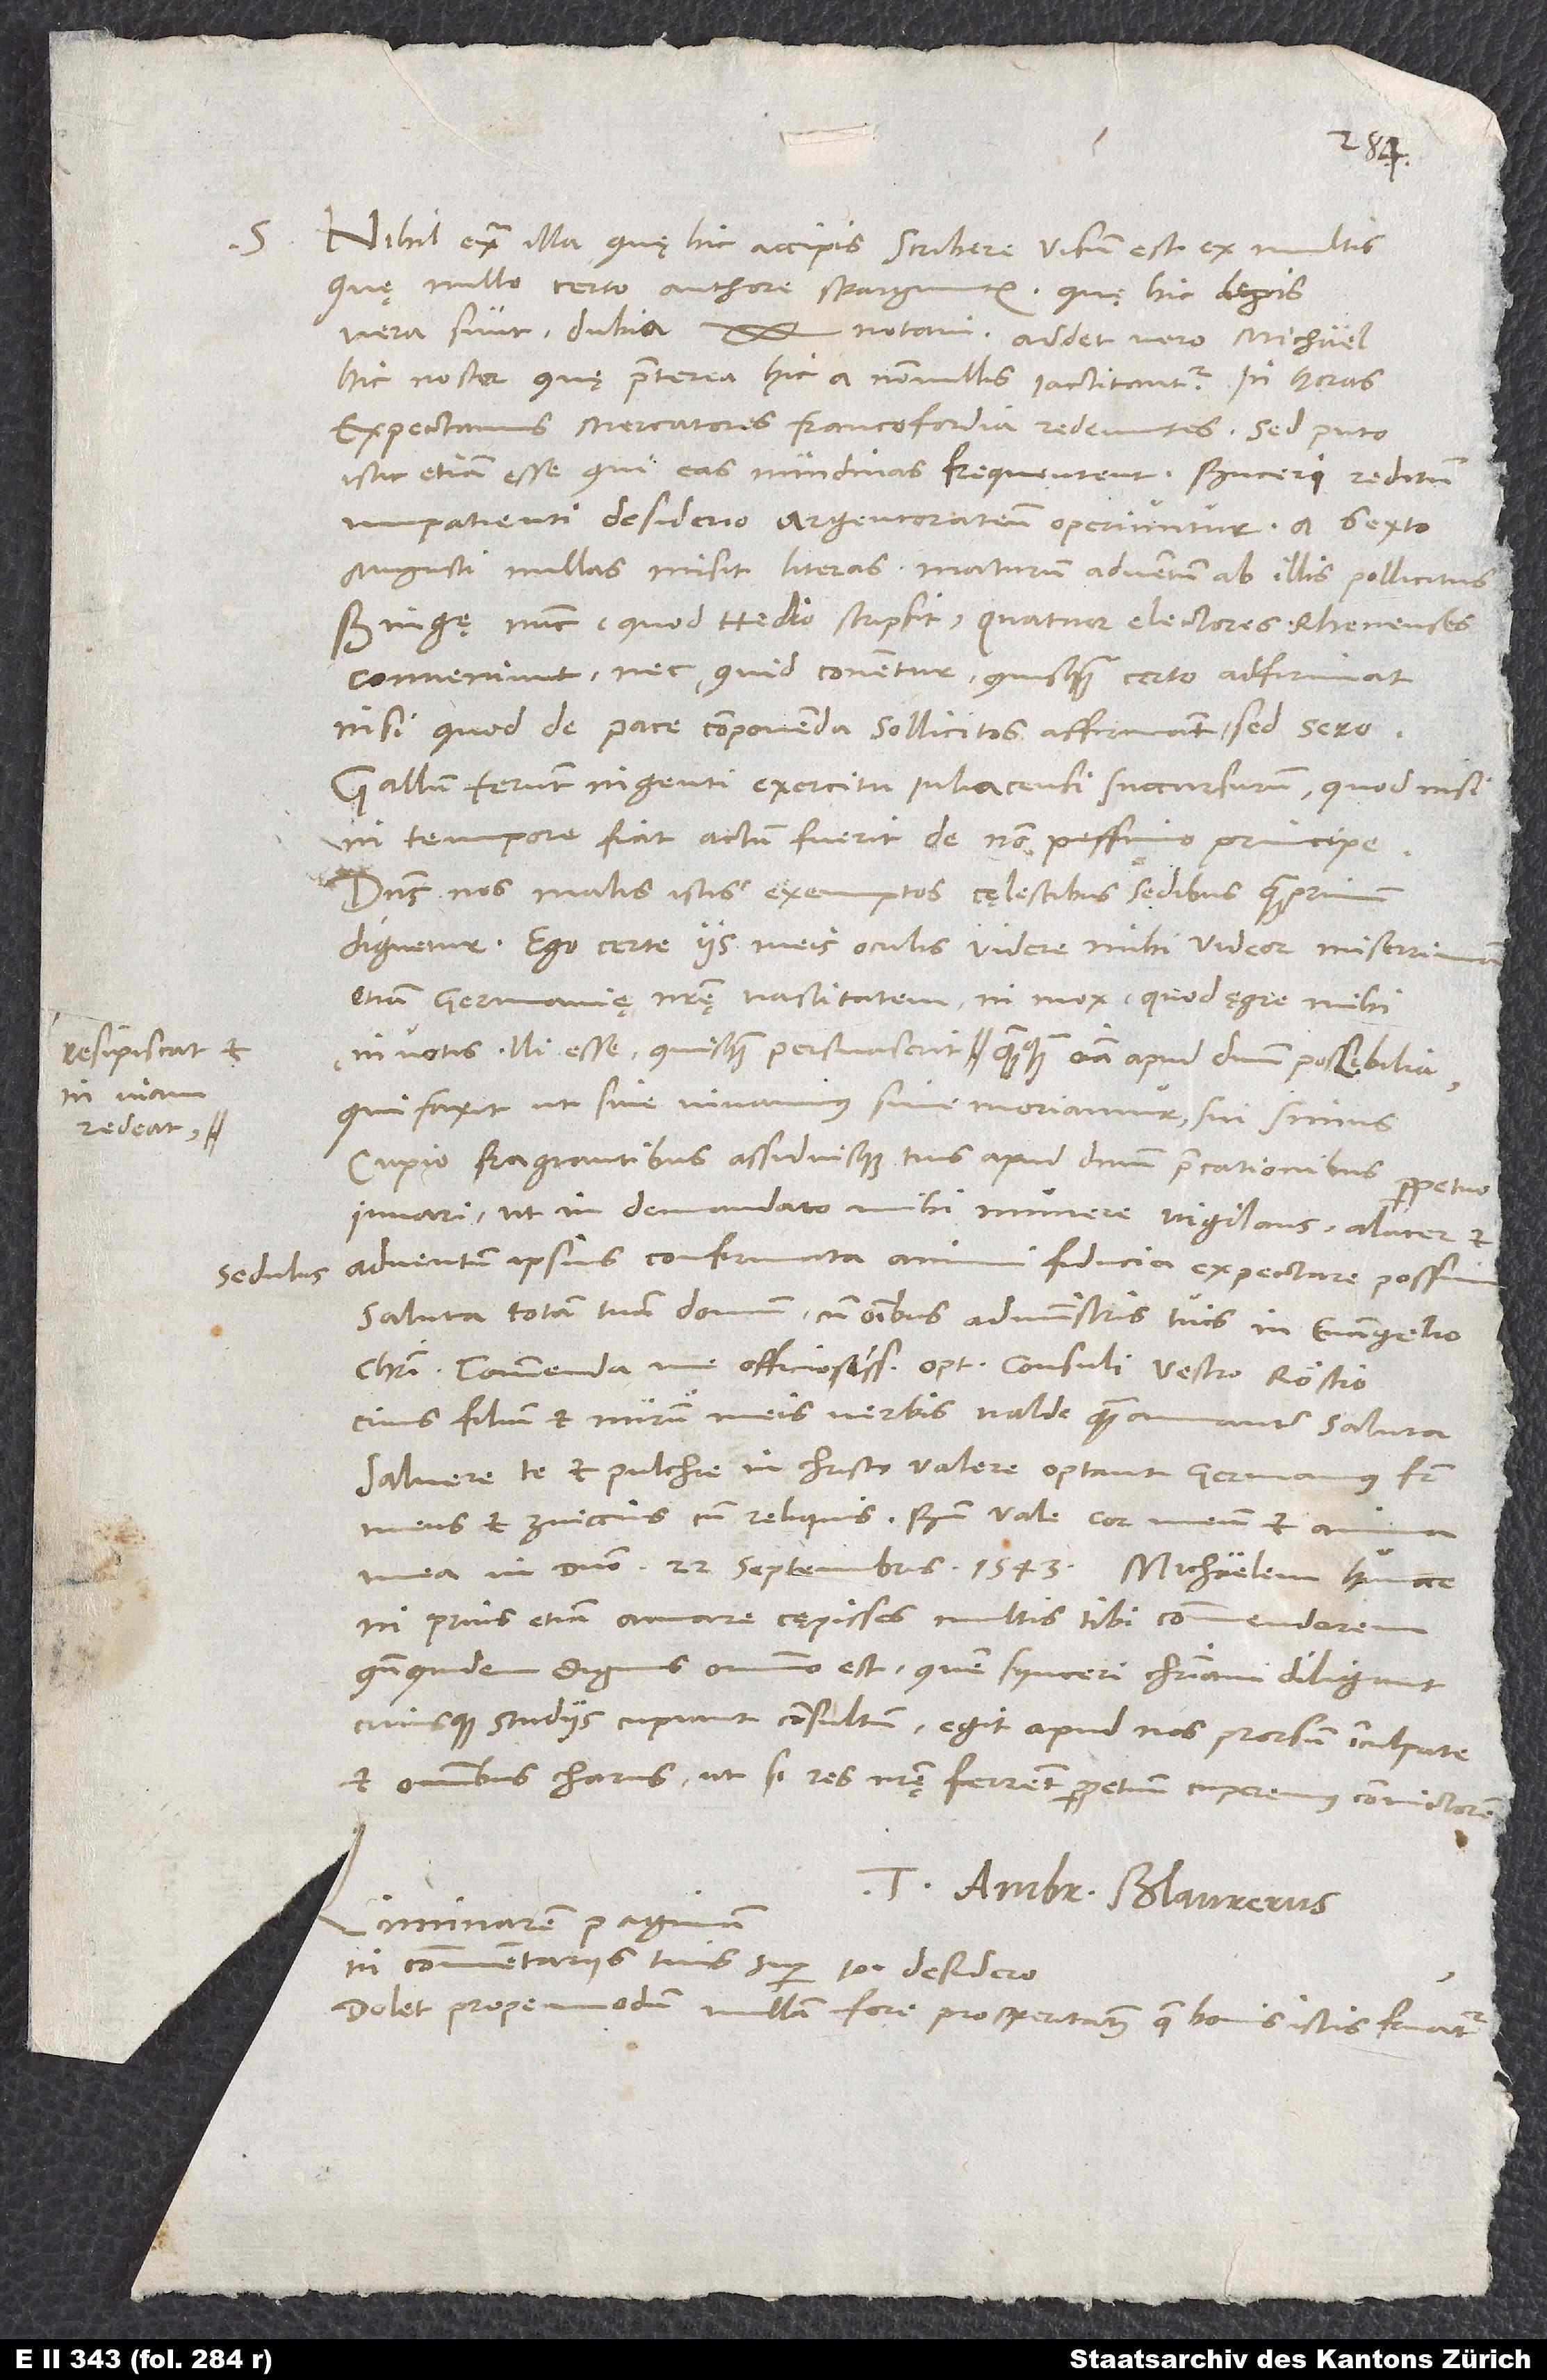
S.

Nihil extra illa, quę hic accipis, scribere visum est ex multis,
quę nullo certo authore sparguntur. Quę hic legis,
vera sunt, dubia
hic noster, quę praeterea hic a nonnullis iactitantur. In horas
expectamus mercatores Francofordia redeuntes. Sed puto
istic etiam esse, qui eas nundinas frequentent. Buceri reditum
impatienti desiderio Argentoratenses operiuntur; a sexto
augusti nullas misit literas maturum adventum ab illis pollicitus.
Bingę nunc, quod Hedio scripsit, quatuor electores Rhenenenses
conveniunt, nec, quid conentur, quisquam certo adfirmat,
nisi quod de pace componenda sollicitos affirmant, sed sero.
Gallum ferunt ingenti exercitu Iuliacensi succursurum; quod nisi
in tempore fiat, actum fuerit de non pessimo principe.
Dominus nos malis istis exemptos cęlestibus sedibus quamprimum
dignetur! Ego certe iis meis oculis videre mihi videor miserrimam
etiam Germanię nostrę vastitatem, ni mox, quod ęgre mihi
resipiscat et
in viam
qui faxit, ut sive vivamus, sive moriamur, sui simus.
redeat,
Cupio fragrantibus assiduisque tuis apud dominum precationibus perpetuo
iuvari, ut in demandato mihi munere vigilans alacer et
sedulus adventum ipsius confirmata animi fiducia expectare possim.
Saluta totam tuam domum cum omnibus administris tuis in evangelio
Christi. Commenda me officiosissime optimo consuli vestro Röstio,
cuius filium et nurum meis verbis valde quam amanter saluta.
Salvere te et pulchre in Christo valere optant germanus frater
meus et Zviccius cum reliquis. Bene vale, cor meum et anima
ni prius etiam amare cępisses, multis tibi commendarem,
quandoquidem dignus omnino est, quem synceri christiani diligant
cuiusque studiis cupiant consultum. Egit apud nos prorsum inculpate
et omnibus charus, ut, si res nostrę ferrent, perpetuum cuperemus convictorem.
Tuus Ambr. Blaurerus.
Liminarem paginam
in commentariis tuis super 10° desidero.
Dolet propemodum nullam fore prosperitatem, quae bonis istis fruatur.